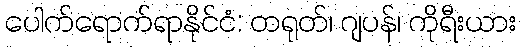
ပေါက်ရောက်ရာနိုင်ငံ: တရုတ်၊ ဂျပန်၊ ကိုရီးယား